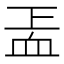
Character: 𧖬